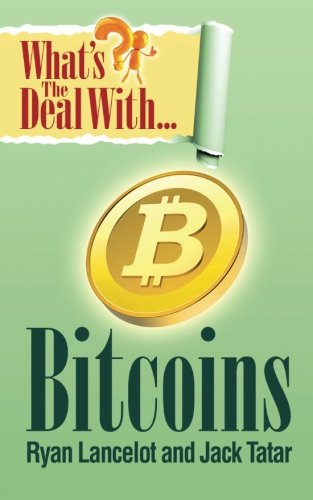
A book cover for What's The Deal With Bitcoins?; Ryan Lancelot; Computers & Technology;